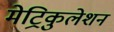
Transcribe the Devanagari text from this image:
मेट्रिकुलेशन